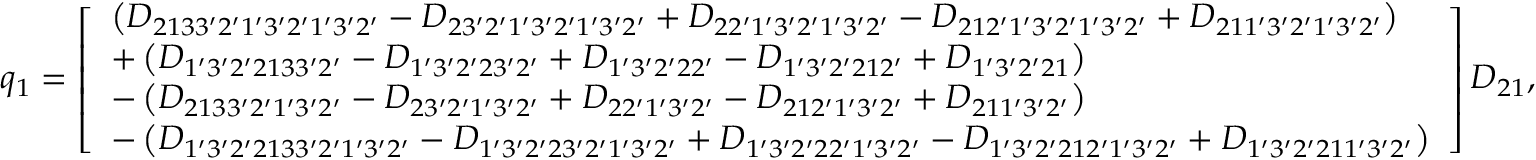
\begin{array} { r } { { q _ { 1 } } = \left[ \begin{array} { l } { \left( { { D _ { 2 1 3 3 ^ { \prime } 2 ^ { \prime } 1 ^ { \prime } 3 ^ { \prime } 2 ^ { \prime } 1 ^ { \prime } 3 ^ { \prime } 2 ^ { \prime } } } - { D _ { 2 3 ^ { \prime } 2 ^ { \prime } 1 ^ { \prime } 3 ^ { \prime } 2 ^ { \prime } 1 ^ { \prime } 3 ^ { \prime } 2 ^ { \prime } } } + { D _ { 2 2 ^ { \prime } 1 ^ { \prime } 3 ^ { \prime } 2 ^ { \prime } 1 ^ { \prime } 3 ^ { \prime } 2 ^ { \prime } } } - { D _ { 2 1 2 ^ { \prime } 1 ^ { \prime } 3 ^ { \prime } 2 ^ { \prime } 1 ^ { \prime } 3 ^ { \prime } 2 ^ { \prime } } } + { D _ { 2 1 1 ^ { \prime } 3 ^ { \prime } 2 ^ { \prime } 1 ^ { \prime } 3 ^ { \prime } 2 ^ { \prime } } } } \right) } \\ { + \left( { { D _ { 1 ^ { \prime } 3 ^ { \prime } 2 ^ { \prime } 2 1 3 3 ^ { \prime } 2 ^ { \prime } } } - { D _ { 1 ^ { \prime } 3 ^ { \prime } 2 ^ { \prime } 2 3 ^ { \prime } 2 ^ { \prime } } } + { D _ { 1 ^ { \prime } 3 ^ { \prime } 2 ^ { \prime } 2 2 ^ { \prime } } } - { D _ { 1 ^ { \prime } 3 ^ { \prime } 2 ^ { \prime } 2 1 2 ^ { \prime } } } + { D _ { 1 ^ { \prime } 3 ^ { \prime } 2 ^ { \prime } 2 1 } } } \right) } \\ { - \left( { { D _ { 2 1 3 3 ^ { \prime } 2 ^ { \prime } 1 ^ { \prime } 3 ^ { \prime } 2 ^ { \prime } } } - { D _ { 2 3 ^ { \prime } 2 ^ { \prime } 1 ^ { \prime } 3 ^ { \prime } 2 ^ { \prime } } } + { D _ { 2 2 ^ { \prime } 1 ^ { \prime } 3 ^ { \prime } 2 ^ { \prime } } } - { D _ { 2 1 2 ^ { \prime } 1 ^ { \prime } 3 ^ { \prime } 2 ^ { \prime } } } + { D _ { 2 1 1 ^ { \prime } 3 ^ { \prime } 2 ^ { \prime } } } } \right) } \\ { - \left( { { D _ { 1 ^ { \prime } 3 ^ { \prime } 2 ^ { \prime } 2 1 3 3 ^ { \prime } 2 ^ { \prime } 1 ^ { \prime } 3 ^ { \prime } 2 ^ { \prime } } } - { D _ { 1 ^ { \prime } 3 ^ { \prime } 2 ^ { \prime } 2 3 ^ { \prime } 2 ^ { \prime } 1 ^ { \prime } 3 ^ { \prime } 2 ^ { \prime } } } + { D _ { 1 ^ { \prime } 3 ^ { \prime } 2 ^ { \prime } 2 2 ^ { \prime } 1 ^ { \prime } 3 ^ { \prime } 2 ^ { \prime } } } - { D _ { 1 ^ { \prime } 3 ^ { \prime } 2 ^ { \prime } 2 1 2 ^ { \prime } 1 ^ { \prime } 3 ^ { \prime } 2 ^ { \prime } } } + { D _ { 1 ^ { \prime } 3 ^ { \prime } 2 ^ { \prime } 2 1 1 ^ { \prime } 3 ^ { \prime } 2 ^ { \prime } } } } \right) } \end{array} \right] { D _ { 2 1 } } , } \end{array}